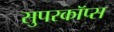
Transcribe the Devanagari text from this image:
सुपरकॉप्स